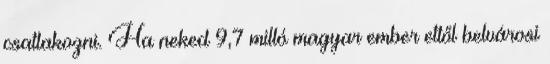
csatlakozni. Ha neked 9,7 milló magyar ember ettől belvárosi